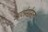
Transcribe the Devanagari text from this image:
आटोसोमल